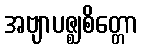
အဗျာပဇ္ဈစိတ္တော